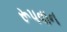
રૂપવાન